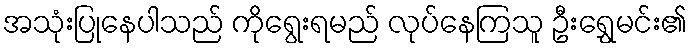
အသုံးပြုနေပါသည် ကိုရွေးရမည် လုပ်နေကြသူ ဦးရွှေမင်း၏